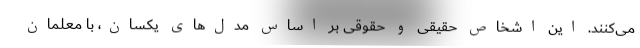
می‌کنند. این اشخاص حقیقی و حقوقی بر اساس مدل‌های یکسان، با معلمان